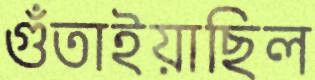
গুঁতাইয়াছিল